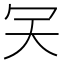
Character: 𠕹